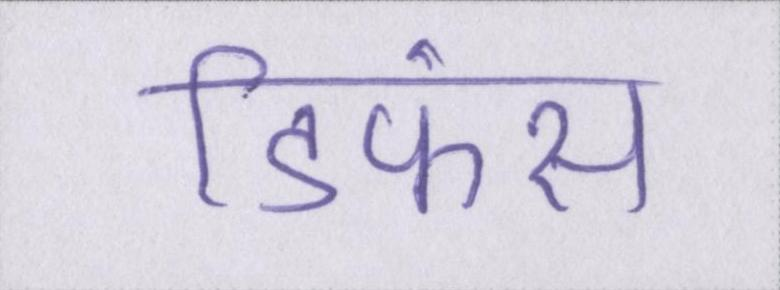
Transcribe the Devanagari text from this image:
डिफेंस